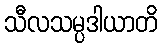
သီလသမ္ပဒါယာတိ